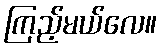
ကြည့်မယ်လေ။